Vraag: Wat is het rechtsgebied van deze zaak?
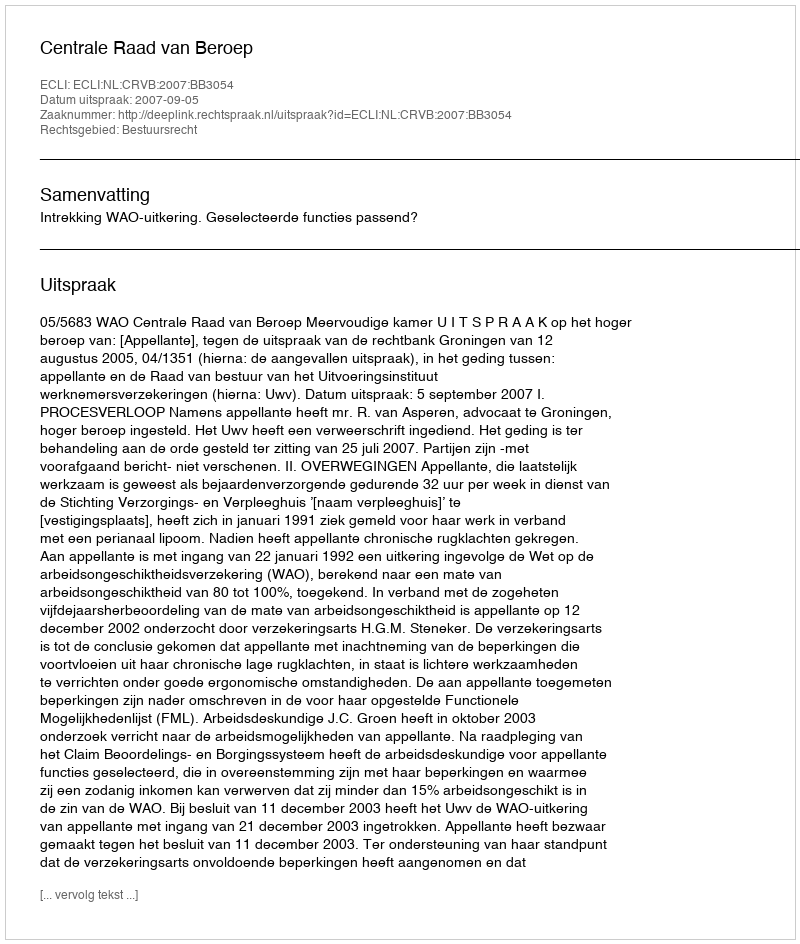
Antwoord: Bestuursrecht